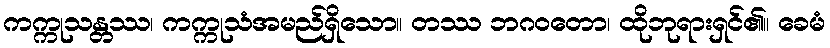
ကက္ကုသန္တဿ၊ ကက္ကုသံအမည်ရှိသော။ တဿ ဘဂဝတော၊ ထိုဘုရားရှင်၏။ ခေမံ